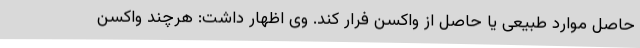
حاصل موارد طبیعی یا حاصل از واکسن فرار کند. وی اظهار داشت: هرچند واکسن